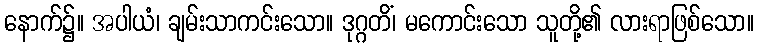
နောက်၌။ အပါယံ၊ ချမ်းသာကင်းသော။ ဒုဂ္ဂတိံ၊ မကောင်းသော သူတို့၏ လားရာဖြစ်သော။